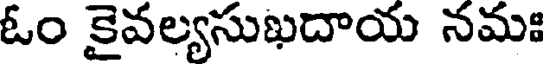
ఓం కైవల్యసుఖదాయ నమః